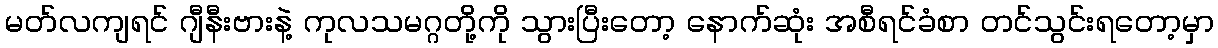
မတ်လကျရင် ဂျီနီးဗားနဲ့ ကုလသမဂ္ဂတို့ကို သွားပြီးတော့ နောက်ဆုံး အစီရင်ခံစာ တင်သွင်းရတော့မှာ